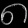
Digit: ၈